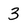
Character: 3